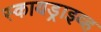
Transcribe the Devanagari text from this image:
स्कायड्राइव्ह